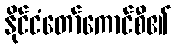
နိုင်ငံတော်ကောင်စီ၏